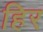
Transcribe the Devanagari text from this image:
हिर